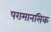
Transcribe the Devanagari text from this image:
परामानसिक